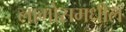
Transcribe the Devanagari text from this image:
लागोसमधील